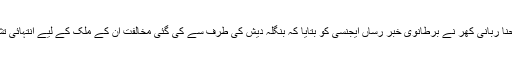
پاکستانی وزیر خارجہ حنا ربانی کھر نے برطانوی خبر رساں ایجنسی کو بتایا کہ بنگلہ دیش کی طرف سے کی گئی مخالفت اُن کے ملک کے لیے انتہائی تشویش کا باعث بنی ہے۔